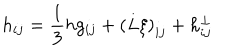
h _ { i j } = \frac 1 3 h g _ { i j } + \left( L \xi \right) _ { i j } + h _ { i j } ^ { \bot }